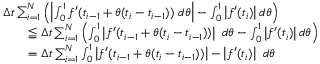
{ \begin{array} { r l } & { \Delta t \sum _ { i = 1 } ^ { N } \left( \left| \int _ { 0 } ^ { 1 } f ^ { \prime } ( t _ { i - 1 } + \theta ( t _ { i } - t _ { i - 1 } ) ) \ d \theta \right| - \int _ { 0 } ^ { 1 } \left| f ^ { \prime } ( t _ { i } ) \right| d \theta \right) } \\ & { \qquad \leqq \Delta t \sum _ { i = 1 } ^ { N } \left( \int _ { 0 } ^ { 1 } \left| f ^ { \prime } ( t _ { i - 1 } + \theta ( t _ { i } - t _ { i - 1 } ) ) \right| \ d \theta - \int _ { 0 } ^ { 1 } \left| f ^ { \prime } ( t _ { i } ) \right| d \theta \right) } \\ & { \qquad = \Delta t \sum _ { i = 1 } ^ { N } \int _ { 0 } ^ { 1 } \left| f ^ { \prime } ( t _ { i - 1 } + \theta ( t _ { i } - t _ { i - 1 } ) ) \right| - \left| f ^ { \prime } ( t _ { i } ) \right| \ d \theta } \end{array} }